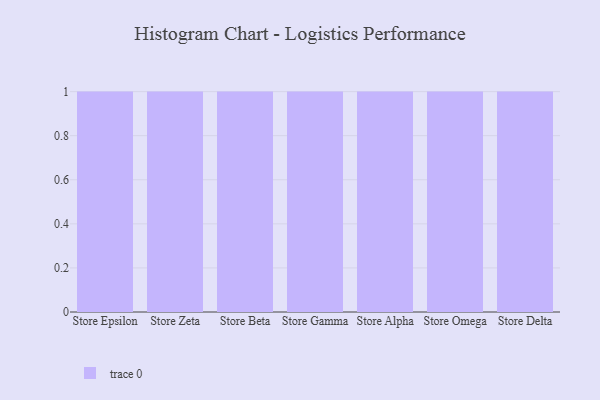
{"axis": {"x": "Store", "y": "Customer Acquisition Cost (USD)"}, "legend": [""], "data": [{"x": "Store Epsilon", "y": 94, "type": ""}, {"x": "Store Zeta", "y": 45, "type": ""}, {"x": "Store Beta", "y": 55, "type": ""}, {"x": "Store Gamma", "y": 73, "type": ""}, {"x": "Store Alpha", "y": 53, "type": ""}, {"x": "Store Omega", "y": 30, "type": ""}, {"x": "Store Delta", "y": 18, "type": ""}]}